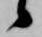
候